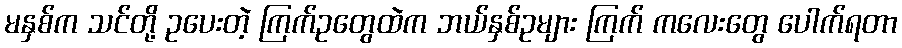
မနှစ်က သင်တို့ ဥပေးတဲ့ ကြက်ဥတွေထဲက ဘယ်နှစ်ဥများ ကြက် ကလေးတွေ ပေါက်ရတာ